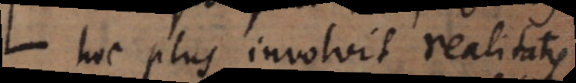
hoc plus involvit realitatis.